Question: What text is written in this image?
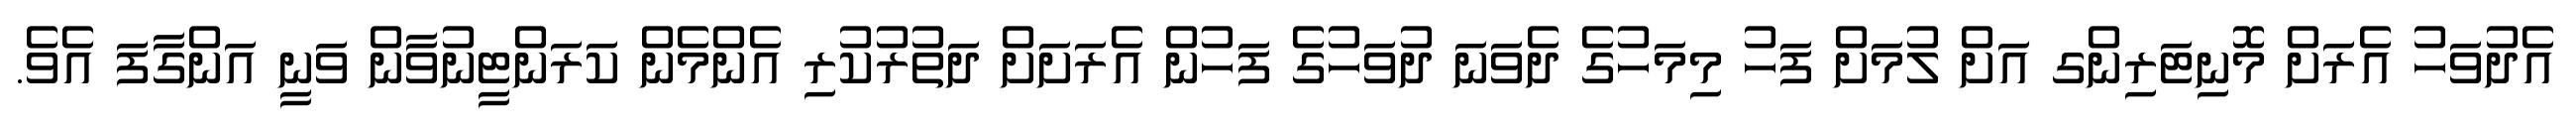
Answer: އެދުވަހު އެރަށް މޮނިޓަރިންގ އަށް ލުމަށް ފަހު މިމަހުގެ ދެވަނަ ދުވަހުގެ ފަހުން އެރަށަށް ދަތުރުކުރި އެންމެން ކަރަންޓީނުވާން ވަނީ އަންގާފަ އެވެ.